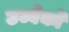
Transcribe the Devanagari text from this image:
उज्बेकों